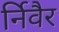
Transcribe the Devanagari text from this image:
र्निवैर